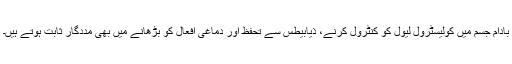
بادام جسم میں کولیسٹرول لیول کو کنٹرول کرنے، ذیابیطس سے تحفظ اور دماغی افعال کو بڑھانے میں بھی مددگار ثابت ہوتے ہیں۔